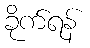
ခိုက်ရန်